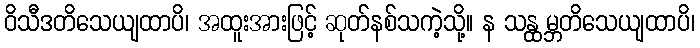
ဝိသီဒတိသေယျထာပိ၊ အထူးအားဖြင့် ဆုတ်နစ်သကဲ့သို့။ န သန္ထမ္ဘတိသေယျထာပိ၊